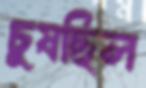
চুষছিল